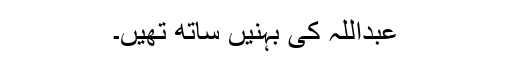
عبداللہ کی بہنیں ساتھ تھیں۔